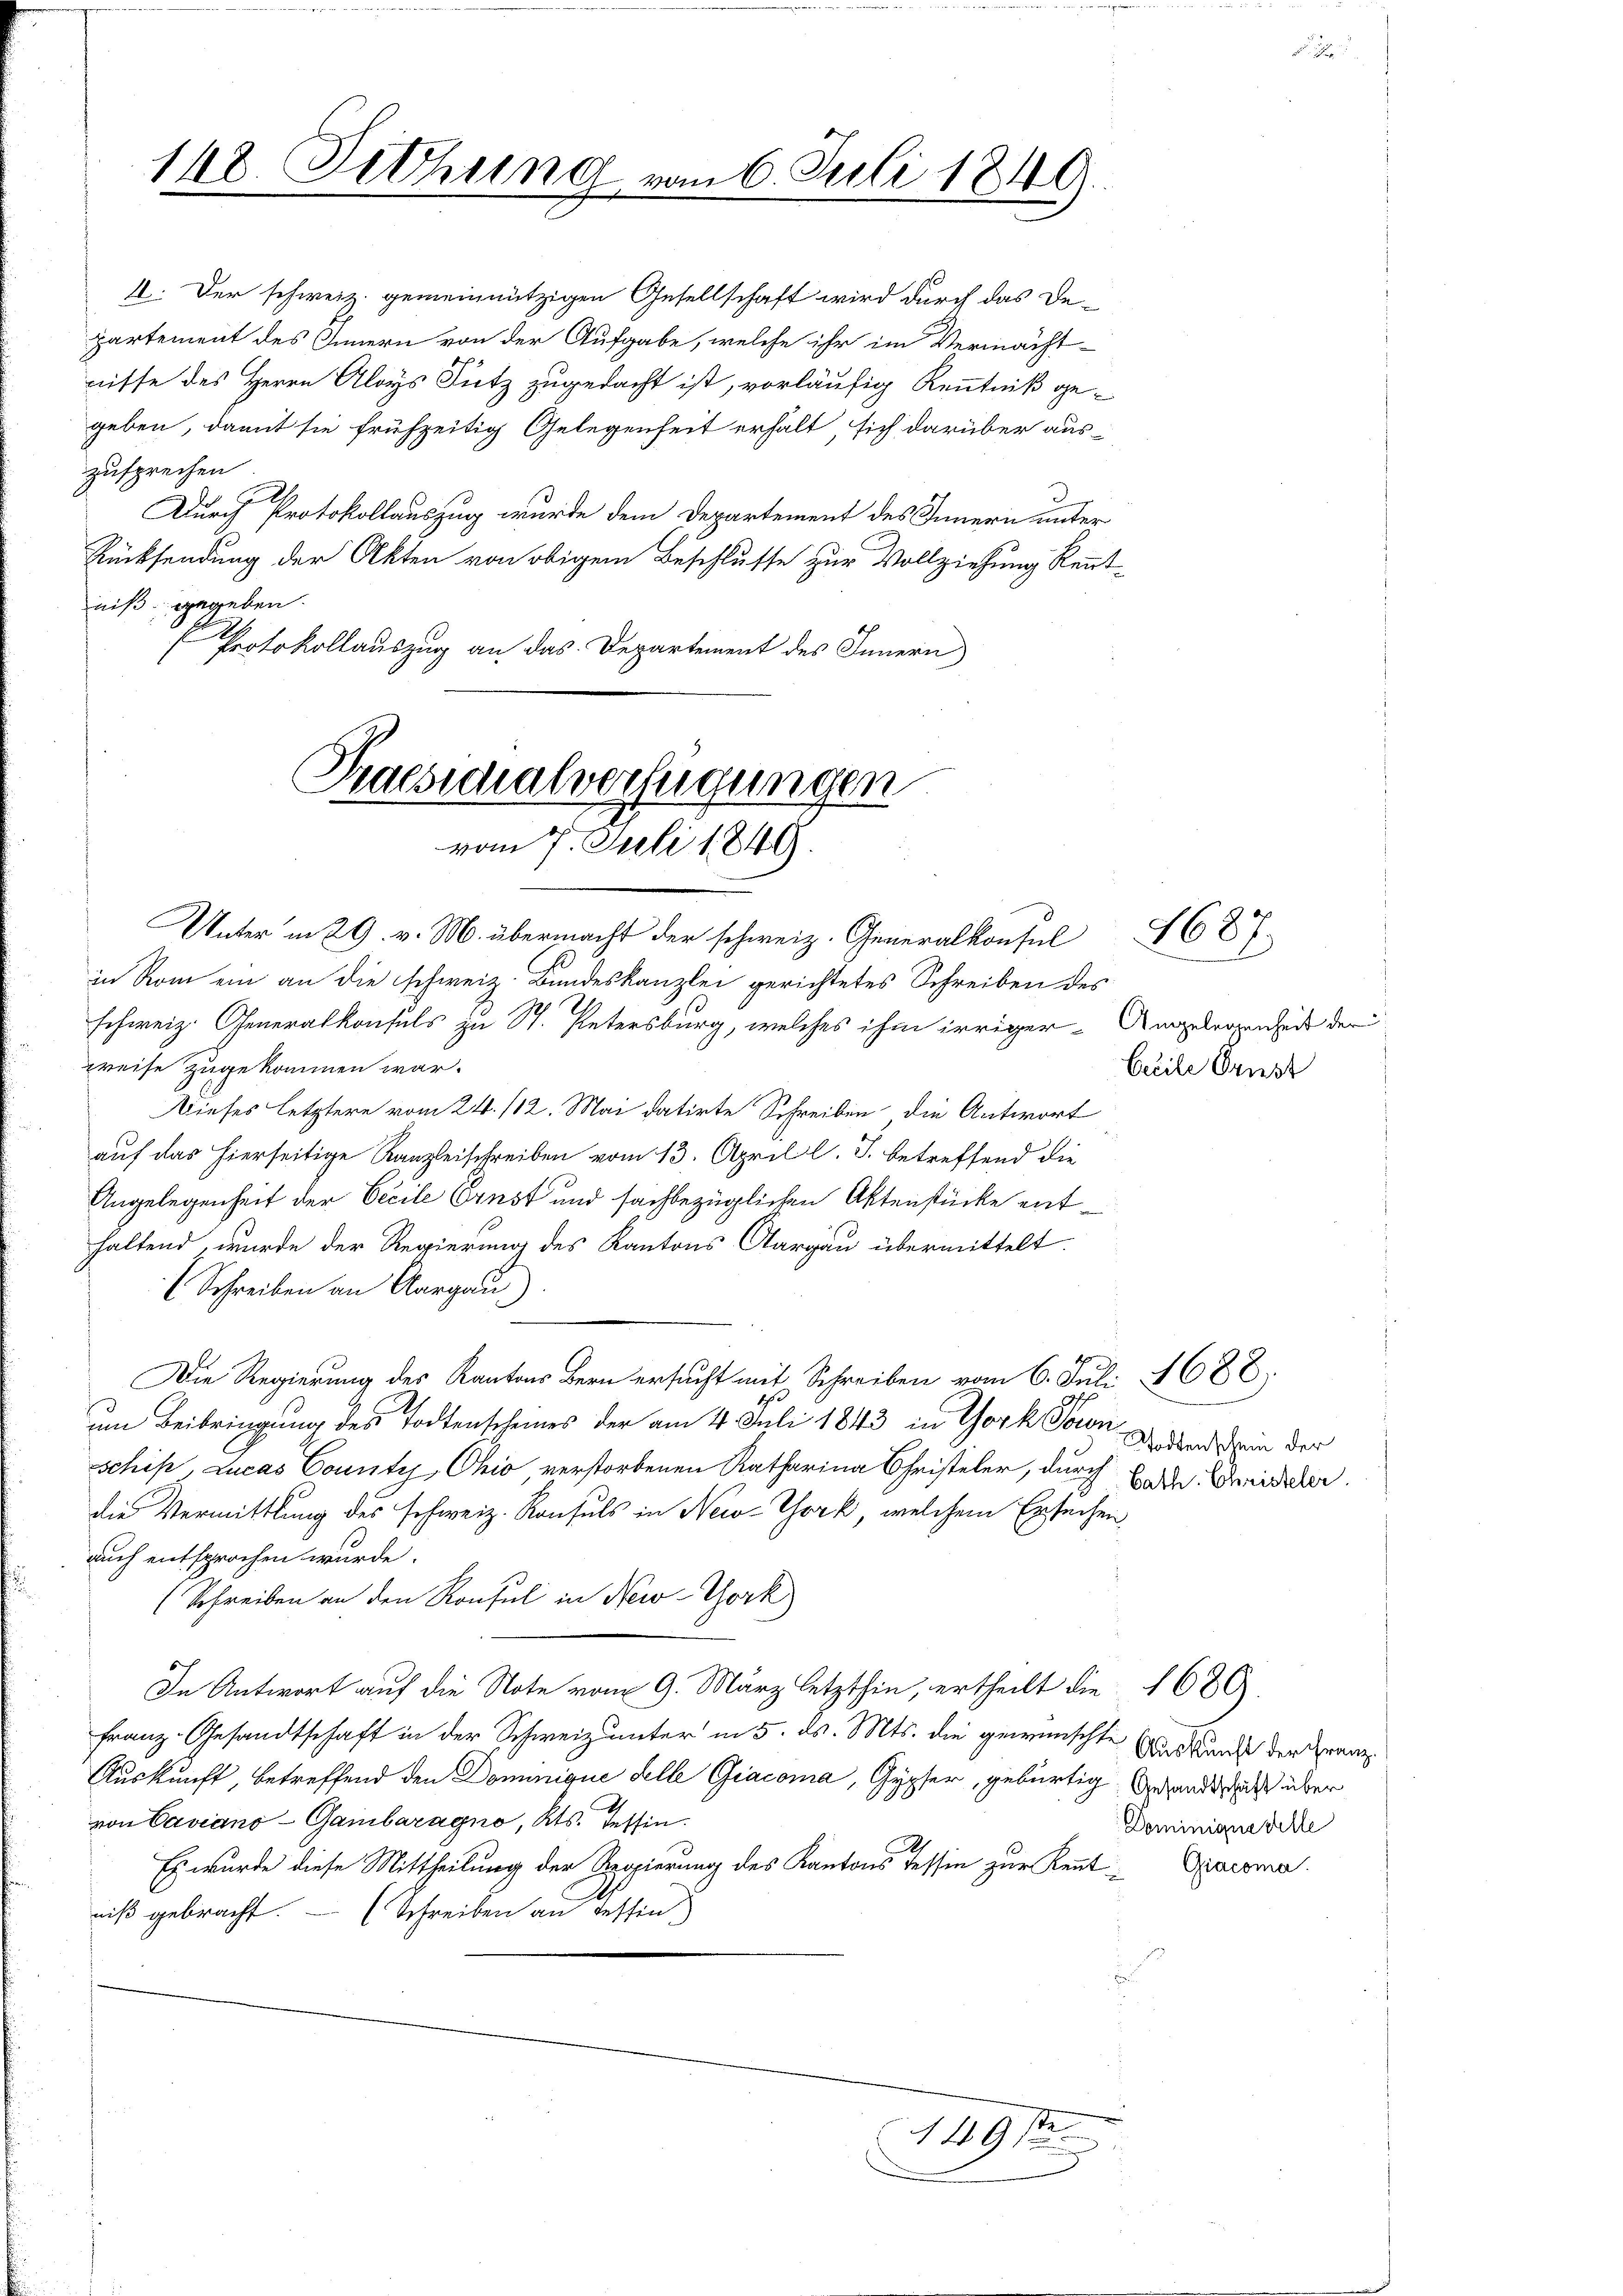
148. Fettung

zusprechen
a
niß gegeben.
Protokollauszug an das Departement des Innern

Baesschalverfügungen
d
vom 7. Juli 1849.

an 6. Juli 1849.

I. Der schweiz. gemeinnützigen Gesellschaft wird durch das De-
partement des Innern von der Aufgabe, welche ihr im Vermächt-
nisse des Herrn Aloys Sutz zugedacht ist, vorläufig Kenntniß gegeben, damit sie frühzeitig Gelegenheit erhalt sich darüber aus-
Durch Protokollauszug wurde dem Departement des Innern unter
Rücksendung der Akten von obigem Beschlusse zur Vollziehung Kennt¬

Unter in 29. v. M. übermacht der schweiz. Generalkonsul 627
in Rom ein an die schweiz. Bundeskanzlei gerichtetes Schreiben des
schweiz. Generalkonsuls zu St. Petersburg, welches ihm irriger Angelegenheit der
weise zugekommen war.
Dieses letztere vom 24. /12. Mai datirte Schreiben, die Antwort
auf das hierseitige Kanzleischreiben vom 13. April l. J. betreffend die
Angelegenheit der Cecile Ernst und sachbezüglichen Aktenstücke enthaltend, wurde der Regierung des Kantons Aargau übermittelt.
(Schreiben an Aargau)
Die Regierung des Kantons Bern ersucht mit Schreiben vom 6. Juli 1688,
um Beibringung des Todtenscheines der am 4. Juli 1843 in York Toren Grabend ein der
schip Lucas County, Ohio verstorbenen Ratharina Christeler, durch Bade beiden
die Vermittlung des schweiz. Konsuls in New-York, welchem Ersuchen
auch entsprochen wurde.
(Schreiben an den Konsul in New-York
In Antwort auf die Note vom 9. März letzthin, ertheilt die 1689.
Franz-Gesandtschaft in der Schweiz unter in 5. ds. Mts. die gewünschte Auskunde der Franz
Auskunft, betreffend den Dominique delle Gracoma, Gypfer, gebürtig Branderlich über
von Caviano-Gambaragno, Kts. Tessin.
Es wurde diese Mittheilung der Regierung des Kantons Tessin zur Kennt-Diacoma
niß gebracht. (Schreiben an Tessin

1491

Geeile Griest

Dominigne delle